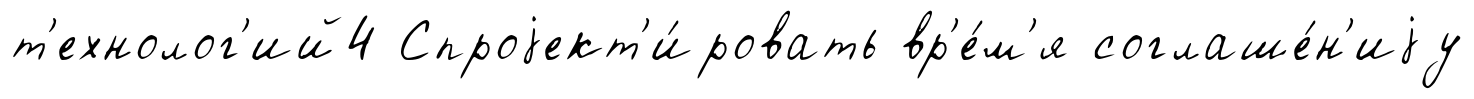
т'ехнолог'ий4 Спроjект'и́ровать вр'е́м'я соглаше́н'иjу